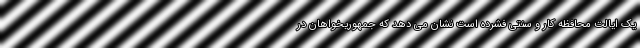
یک ایالت محافظه کار و سنتی فشرده است نشان می دهد که جمهوریخواهان در